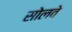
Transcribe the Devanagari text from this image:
सोलवे